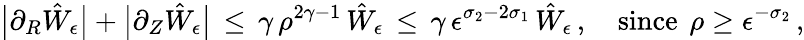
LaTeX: \bigl|\partial_{R}\hat{W}_{\epsilon}\bigr|+\bigl|\partial_{Z}\hat{W}_{\epsilon}\bigr|\, \le\, \gamma\, \rho^{2\gamma-1}\, \hat{W}_{\epsilon}\, \le\, \gamma\, \epsilon^{\sigma_{2}-2\sigma_{1}}\, \hat{W}_{\epsilon}\, ,\quad\mathrm{since}~\, \rho\ge\epsilon^{-\sigma_{2}}\, ,